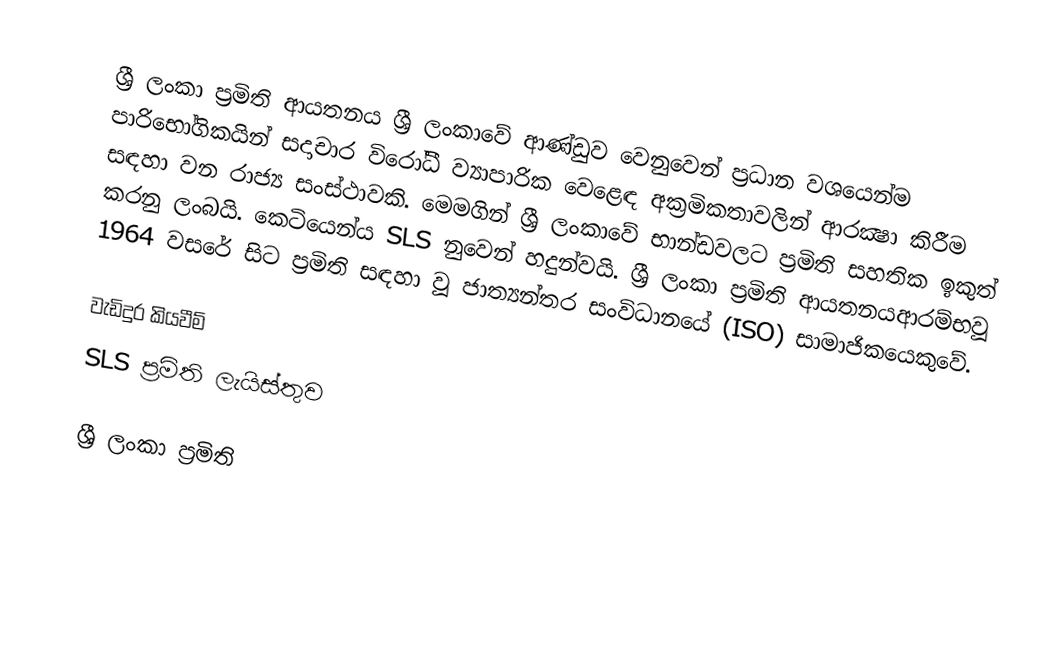
ශ්‍රී ලංකා ප්‍රමිති ආයතනය  ශ්‍රී ලංකාවේ ආණ්ඩුව වෙනුවෙන් ප්‍රධාන වශයෙන්ම පාරිභෝගිකයින් සදාචාර විරෝධී ව්‍යාපාරික වෙළෙඳ අක්‍රමිකතාවලින් ආරක්‍ෂා කිරීම සඳහා වන රාජ්‍ය සංස්ථාවකි. මෙමගින් ශ්‍රී ලංකාවේ භාන්ඩවලට ප්‍රමිති සහතික ඉකුත් කරනු ලංබයි. කෙටියෙන්ය SLS නුවෙන් හදුන්වයි. ශ්‍රී ලංකා  ප්‍රමිති ආයතනයආරම්භවූ 1964 වසරේ  සිට ප්‍රමිති සඳහා වූ ජාත්‍යන්තර සංවිධානයේ (ISO) සාමාජිකයෙකුවේ.

වැඩිදුර කියවීම්
 SLS ප්‍රමිති ලැයිස්තුව

ශ්‍රී ලංකා ප්‍රමිති